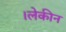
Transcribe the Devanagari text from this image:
।लेकीन